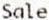
SALE